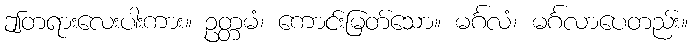
ဤတရားလေးပါးကား။ ဥတ္တမံ၊ ကောင်းမြတ်သော။ မင်္ဂလံ၊ မင်္ဂလာပေတည်း။